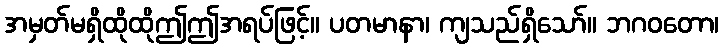
အမှတ်မရှိထိုထိုဤဤအရပ်ဖြင့်။ ပတမာနာ၊ ကျသည်ရှိသော်။ ဘဂဝတော၊